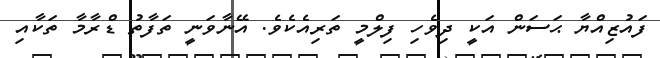
ފައުޒިއްޔާ ޙަސަން އަކީ ދިވެހި ފިލްމީ ތަރިއެކެވެ. އޭނާވަނީ ތަފާތު ޑްރާމާ ތަކާއި